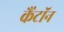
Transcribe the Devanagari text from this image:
कैंटॉन